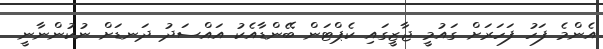
އެންމެ ފަހު ފަހަރަށް ގައުމީ ޖާޒީގައި ކެޕްޓަން ބޭންޑާއެކު އައްސަދު ދަނޑަށް ނުކުންނާނީ